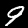
Digit: 9